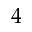
4